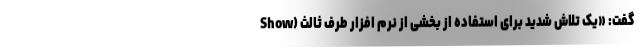
Show) گفت: «یک تلاش شدید برای استفاده از بخشی از نرم افزار طرف ثالث